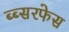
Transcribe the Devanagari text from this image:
ब्ब्सरफेस